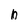
Character: 6